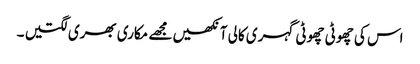
اس کی چھوٹی چھوٹی گہری کالی آنکھیں مجھے مکاری بھری لگتیں ۔